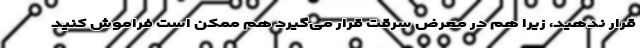
قرار ندهید، زیرا هم در معرض سرقت قرار می‌گیرد هم ممکن است فراموش کنید